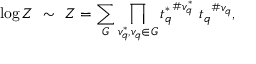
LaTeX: \log Z ~ \sim ~ { \cal Z } = \sum _ { G } \prod _ { v _ { q } ^ { * } , v _ { q } \in G } { t _ { q } ^ { * } } ^ { \# v _ { q } ^ { * } } \ { t _ { q } } ^ { \# v _ { q } } ,